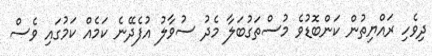
ދިވެހި ރައްޔިތުން ކަންބޮޑުވެ މުސްތަގުބަލާ މެދު ސުވާލު އުފެދޭނެ ކަމެއް ކަމުގައި ވެސް